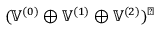
( \mathbb { V } ^ { ( 0 ) } \oplus \mathbb { V } ^ { ( 1 ) } \oplus \mathbb { V } ^ { ( 2 ) } ) ^ { \perp }